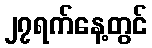
၂၇ရက်နေ့တွင်